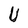
Character: U